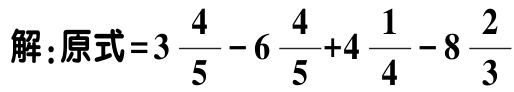
解：原式\(=3\frac{4}{5}-6\frac{4}{5}+4\frac{1}{4}-8\frac{2}{3}\)